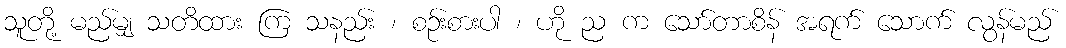
သူတို့ မည်မျှ သတိထား ကြ သနည်း ၊ စဉ်းစားပါ ၊ ဟို ည က သော်တာစိန် အရက် သောက် လွန်မည်